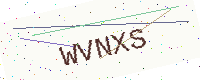
Text: WVNXS